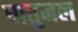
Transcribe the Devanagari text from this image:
घातुमल